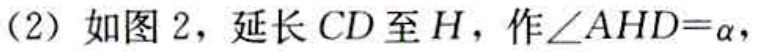
(2) 如图 2，延长 \(CD\) 至 \(H\)，作\(\angle AHD = \alpha\)，